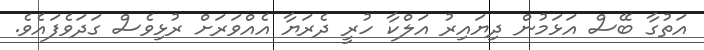
އަތުގާ ބޭސް އަޅަމުން ދިޔައިރު އަލްކާ ހުރީ ދެރަޔާ އެއްވަރަށް ރުޅިވެސް ގަދަވެފައެވެ.